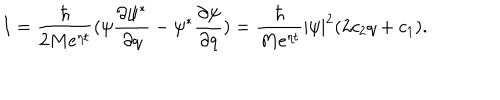
I = \frac \hbar { 2 M e ^ { \eta t } } ( \psi \frac { \partial \psi ^ { * } } { \partial q } - \psi ^ { * } \frac { \partial \psi } { \partial q } ) = \frac \hbar { M e ^ { \eta t } } | \psi | ^ { 2 } ( 2 c _ { 2 } q + c _ { 1 } ) .